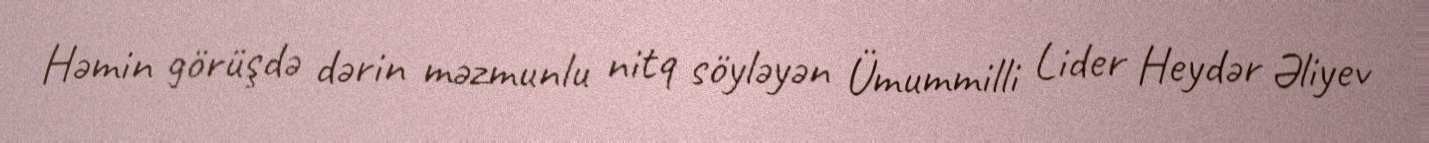
Həmin görüşdə dərin məzmunlu nitq söyləyən Ümummilli Lider Heydər Əliyev